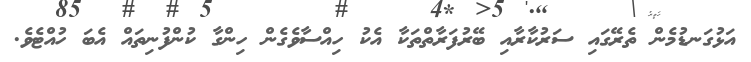
އަޅުގަނޑުމެން ތެރޭގައި ސަރުކާރާއި ބޭރުފަރާތްތަކާ އެކު ހިއްސާވެގެން ހިންގާ ކުންފުނިތައް އެބަ ހުއްޓެވެ.